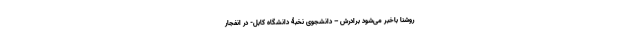
روشنا باخبر می‌شود برادرش – دانشجوی نخبۀ دانشگاه کابل- در انفجار